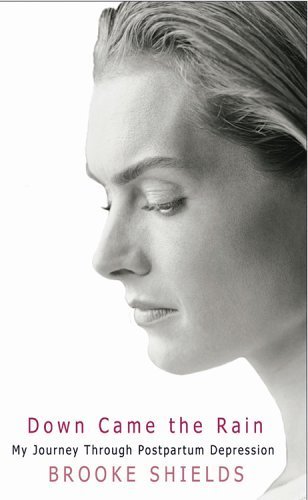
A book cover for Down Came the Rain: My Journey Through Postpartum Depression; Brooke Shields; Health, Fitness & Dieting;